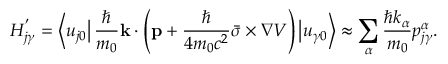
H _ { j \gamma } ^ { ' } = \left\langle u _ { j 0 } \right| { \frac { \hbar } { m _ { 0 } } } \mathbf { k } \cdot \left( \mathbf { p } + { \frac { \hbar } { 4 m _ { 0 } c ^ { 2 } } } { \bar { \sigma } } \times \nabla V \right) \left| u _ { \gamma 0 } \right\rangle \approx \sum _ { \alpha } { \frac { \hbar k _ { \alpha } } { m _ { 0 } } } p _ { j \gamma } ^ { \alpha } .